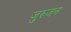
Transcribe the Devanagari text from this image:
जुरुजन